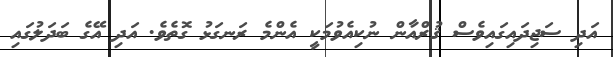
އަދި ސަޖިދައިގައިވެސް ޤުރްއާން ނުކިއެވުމަކީ އެންމެ ރަނގަޅު ގޮތެވެ. އަދި އޭގެ ބަދަލުގައި